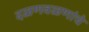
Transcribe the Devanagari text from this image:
दळणवळणांचे